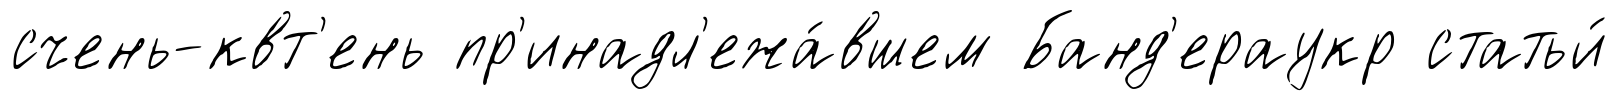
счень-квт'ень пр'инадл'ежа́вшем Банд'ераукр статьи́